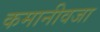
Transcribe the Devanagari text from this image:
कमानीवजा